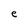
Character: e